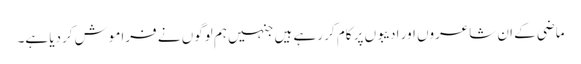
ماضی کے ان شاعروں اور ادیبوں پر کام کر رہے ہیں جنہیں ہم لوگوں نے فراموش کردیا ہے۔